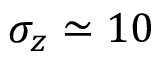
\sigma _ { z } \simeq 1 0